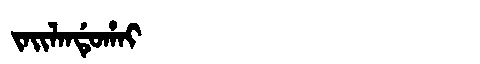
Manchu: ᠵᠠᡳᠯᠠᠨᡩᡠᡥᠠᡳ
Romanization: JAILANDUHAI